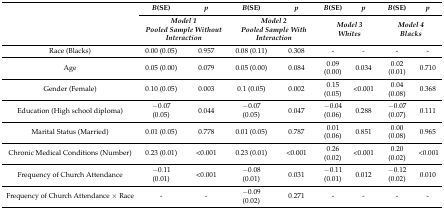
| <ROWSPAN=2>  | B(SE) | p | B(SE) | p | B(SE) | p | B(SE) | p |
 | <COLSPAN=2> Model 1Pooled Sample Without Interaction | <COLSPAN=2> Model 2Pooled Sample With Interaction | <COLSPAN=2> Model 3Whites | <COLSPAN=2> Model 4Blacks |
 | --- | --- | --- | --- | --- | --- | --- | --- | --- |
 | Race (Blacks) | 0.00 (0.05) | 0.957 | 0.08 (0.11) | 0.308 | - | - | - | - |
 | Age | 0.05 (0.00) | 0.079 | 0.05 (0.00) | 0.084 | 0.09 (0.00) | 0.034 | 0.02 (0.01) | 0.710 |
 | Gender (Female) | 0.10 (0.05) | 0.003 | 0.1 (0.05) | 0.002 | 0.15 (0.05) | <0.001 | 0.04 (0.08) | 0.368 |
 | Education (High school diploma) | −0.07 (0.05) | 0.044 | −0.07 (0.05) | 0.047 | −0.04 (0.06) | 0.288 | −0.07 (0.07) | 0.111 |
 | Marital Status (Married) | 0.01 (0.05) | 0.778 | 0.01 (0.05) | 0.787 | 0.01 (0.06) | 0.851 | 0.00 (0.08) | 0.965 |
 | Chronic Medical Conditions (Number) | 0.23 (0.01) | <0.001 | 0.23 (0.01) | <0.001 | 0.26 (0.02) | <0.001 | 0.20 (0.02) | <0.001 |
 | Frequency of Church Attendance | −0.11 (0.01) | <0.001 | −0.08 (0.01) | 0.031 | −0.11 (0.01) | 0.012 | −0.12 (0.02) | 0.010 |
 | Frequency of Church Attendance × Race | - | - | −0.09 (0.02) | 0.271 | - | - | - | - |